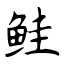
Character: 鲑